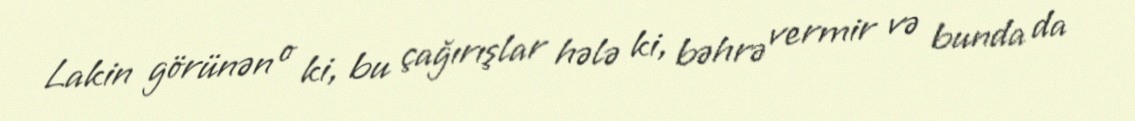
Lakin görünən o ki, bu çağırışlar hələ ki, bəhrə vermir və bunda da